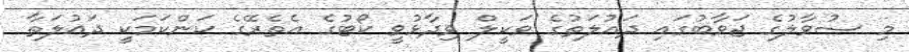
މި ސުވާލުގެ ޖަވާބުގައި ދައުލަތުގެ ވަކީލް ވިދާޅުވީ ކޯޓުގެ އެތެރޭގެ ކަންކަމަކީ ދައުލަތާ